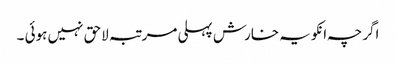
اگرچہ انکو یہ خارش پہلی مرتبہ لاحق نہیں ہوئی ۔